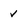
Character: v